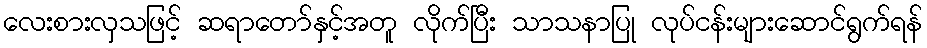
လေးစားလှသဖြင့် ဆရာတော်နှင့်အတူ လိုက်ပြီး သာသနာပြု လုပ်ငန်းများဆောင်ရွက်ရန်